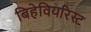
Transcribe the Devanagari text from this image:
बिहेवियरिस्ट